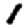
Digit: 1